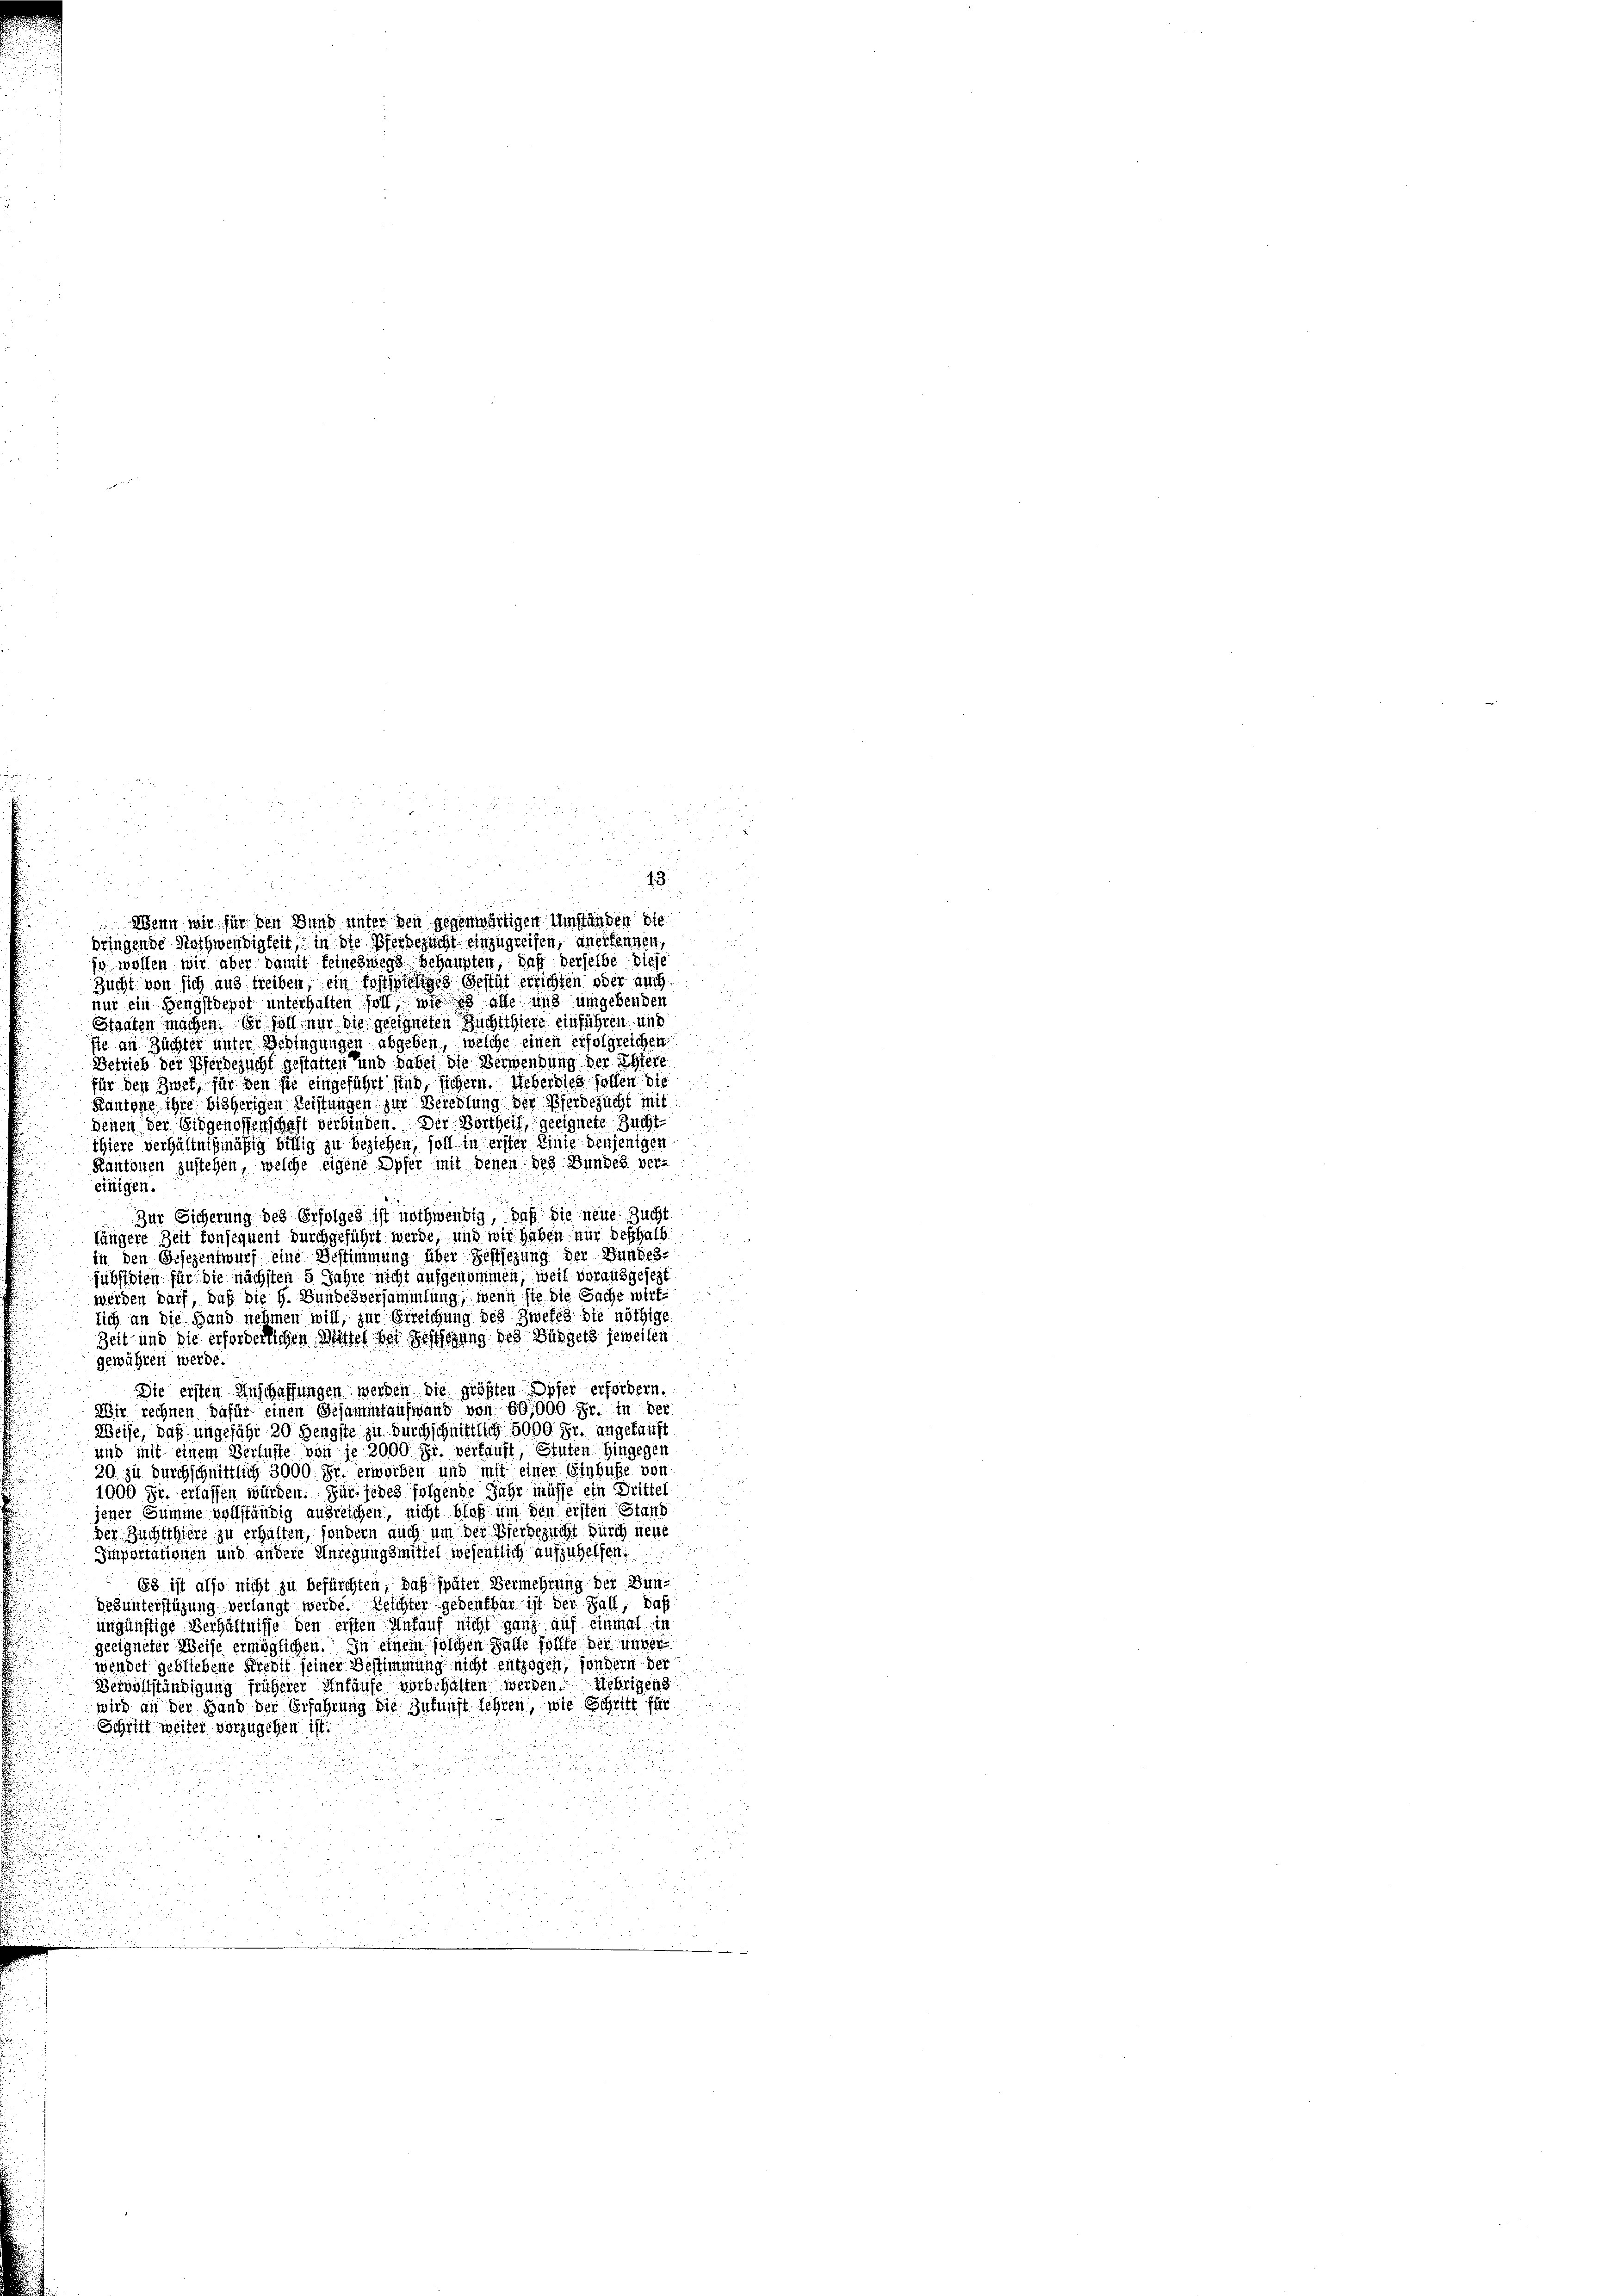
Wenn wir für den Bund unter den gegenwärtigen Umständen die
dringende Nothwendigkeit, in die Pferdezucht einzugreifen, anerkennen,
jo wollen wir aber damit feineswegs behaupten, daß derselbe dieje
Zucht von sich aus treiben, ein Postspieliges Gestät errichten oder auch
nur ein Bengstdepot unterhalten soll, wie es alle und umgebenden
Gfanten machen. Er soll nur die geeigneten Zuchtthiere einführen und
sie an Züchter unter Bedingungen abgeben, welche einen erfolgreichen
Betrieb der Pferdezucht gestatten und dabei die Verwendung der Ehere
für den Zwet, für den sie eingeführt sind, sichern. Ueberdies hoffen die
Kantone ihre bisherigen Leistungen zur Beredlung der Pferdezucht mit
denen der Eidgenossenschaft verbinden. Der Vortheil, geeignete Zucht
thiere verhältnißmäßig billig zu beziehen, soll in erster Linie denjenigen
r
Kantonen zustehen, welche eigene Opfer mit denen des Bundes ver-

einigen.
Zur Sicherung des Erfolges ist nothwendig, daß die neue Zucht
längere Zeit konsequent durchgeführt werde, und wir haben nur deshalb
in den Gesezentwurf eine Bestimmung über Festsezung der Bundes-
jubsidien für die nächsten 5 Jahre nicht aufgenommen, weil vorausgesezt
werden darf, daß die H. Bundesversammlung, wenn sie die Sache wirk-
lich an die Hand nehmen will, zur Erreichung des Zwete die nöthige
Zeit und die erforderlichen Mittel bei Festschung des Büdgets jeweilen
gewähren werde.
Die ersten Anschaffungen werden die größten Opfer erfordern.
Wir rechnen dafür einen Gesammtaufwand von 60,000 Fr. in der
Weise, daß ungefähr 20 Hengste zu durchschnittlich 5000. Fr. angekauft
und mit einem Verluste von je 2000 Fr. verkauft, Stuten Hingegen
20 zu durchschnittlich 3000 Fr. erworben und mit einer Einbuße von
1000 Fr. erlassen würden. Für jedes folgende Jahr müsse ein Drittel
jener Summe vollständig ausreichen, nicht bloß um den ersten Stand
Der Zuchtthiere zu erhalten, sondern auch um der Pferdezucht durch neue
Importationen und andere Anregungsmittel wesentlich aufzuhelfen.
Es ist also nicht zu befürchten, das später Vermehrung der Bunbebunterstüzung verlangt werde. Leichter gedenkbar ist der Fall, daß
ungünstige Verhältnisse den ersten Unfauf nicht ganz auf einmal in
geeigneter Weise ermöglichen. In einem solchen Falle sollte der unver
wendet gebliebene Freit seiner Bestimmung nicht entzogen, sondern der
Vervollständigung früherer Anfause vorbehalten werden. Uebrigens
wird an der Hand der Erfahrung die Zukunft lehren, wie Schritt für
Schrift weiter vorzugehen ist.

13.
u

u